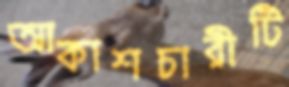
আকাশচারীটি